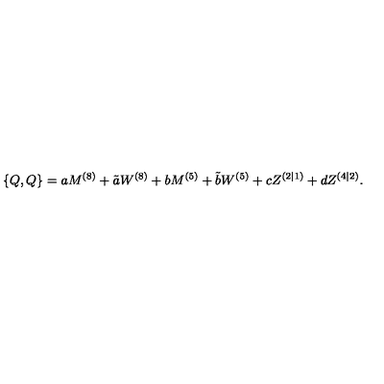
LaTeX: { } \{ Q , Q \} = a M ^ { ( 8 ) } + \tilde { a } W ^ { ( 8 ) } + b M ^ { ( 5 ) } + \tilde { b } W ^ { ( 5 ) } + c Z ^ { ( 2 | 1 ) } + d Z ^ { ( 4 | 2 ) } .